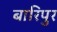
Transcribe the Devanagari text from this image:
बारिपुर